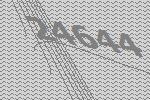
24644